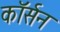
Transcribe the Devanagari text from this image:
कॉर्सन